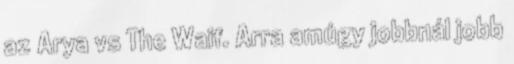
az Arya vs The Waif. Arra amúgy jobbnál jobb